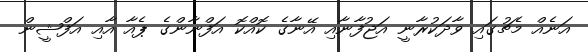
އަނެއް މެޗުގައި ވާދަކުރާނީ އަޖުފާނާއި އޭނާގެ ކޮއްކޮ އަފްނާންގެ ޕެއާ އާއި އަފްޝީން